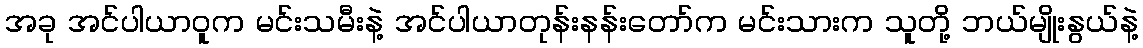
အခု အင်ပါယာဝူက မင်းသမီးနဲ့ အင်ပါယာတုန်းနန်းတော်က မင်းသားက သူတို့ ဘယ်မျိုးနွယ်နဲ့